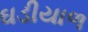
ઘડીયાળ